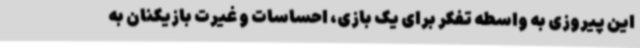
این پیروزی به واسطه تفکر برای یک بازی، احساسات و غیرت بازیکنان به